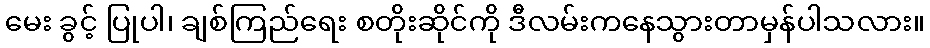
မေး ခွင့် ပြုပါ၊ ချစ်ကြည်ရေး စတိုးဆိုင်ကို ဒီလမ်းကနေသွားတာမှန်ပါသလား။